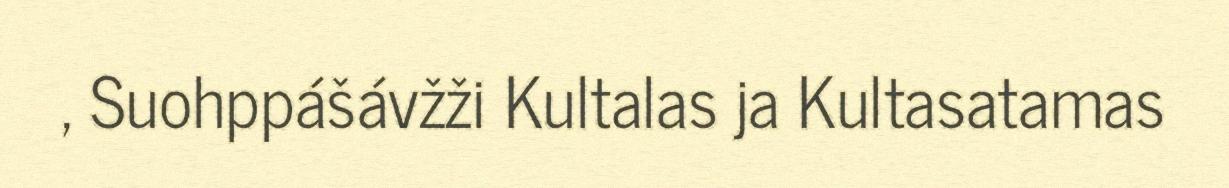
, Suohppášávžži Kultalas ja Kultasatamas